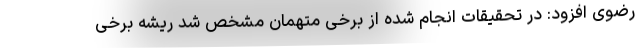
رضوی افزود: در تحقیقات انجام شده از برخی متهمان مشخص شد ریشه برخی